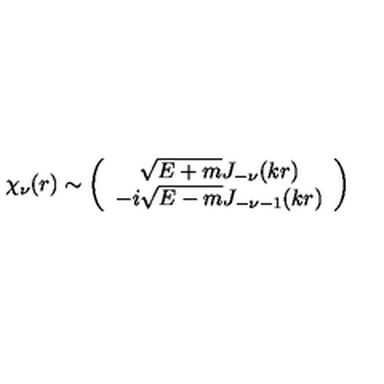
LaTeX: \chi _ { \nu } ( r ) \sim \left( \begin{array} { c } { \sqrt { E + m } J _ { - \nu } ( k r ) } \\ { - i \sqrt { E - m } J _ { - \nu - 1 } ( k r ) } \\ \end{array} \right)